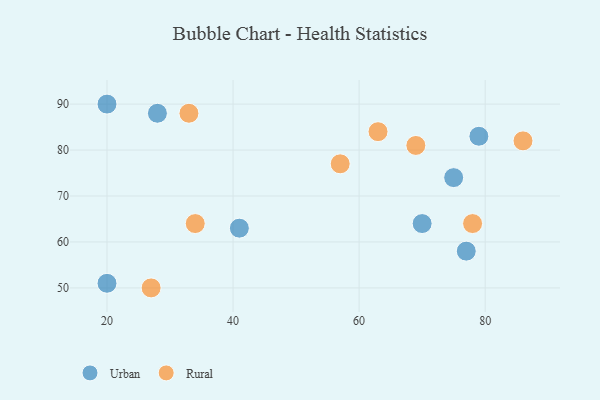
{"axis": {"x": "GDP", "y": "Life Expectancy"}, "legend": ["Rural", "Urban"], "data": [{"x": "28", "y": 88, "type": "Urban"}, {"x": "20", "y": 51, "type": "Urban"}, {"x": "41", "y": 63, "type": "Urban"}, {"x": "75", "y": 74, "type": "Urban"}, {"x": "70", "y": 64, "type": "Urban"}, {"x": "77", "y": 58, "type": "Urban"}, {"x": "79", "y": 83, "type": "Urban"}, {"x": "20", "y": 90, "type": "Urban"}, {"x": "63", "y": 84, "type": "Rural"}, {"x": "86", "y": 82, "type": "Rural"}, {"x": "69", "y": 81, "type": "Rural"}, {"x": "33", "y": 88, "type": "Rural"}, {"x": "78", "y": 64, "type": "Rural"}, {"x": "27", "y": 50, "type": "Rural"}, {"x": "57", "y": 77, "type": "Rural"}, {"x": "34", "y": 64, "type": "Rural"}]}